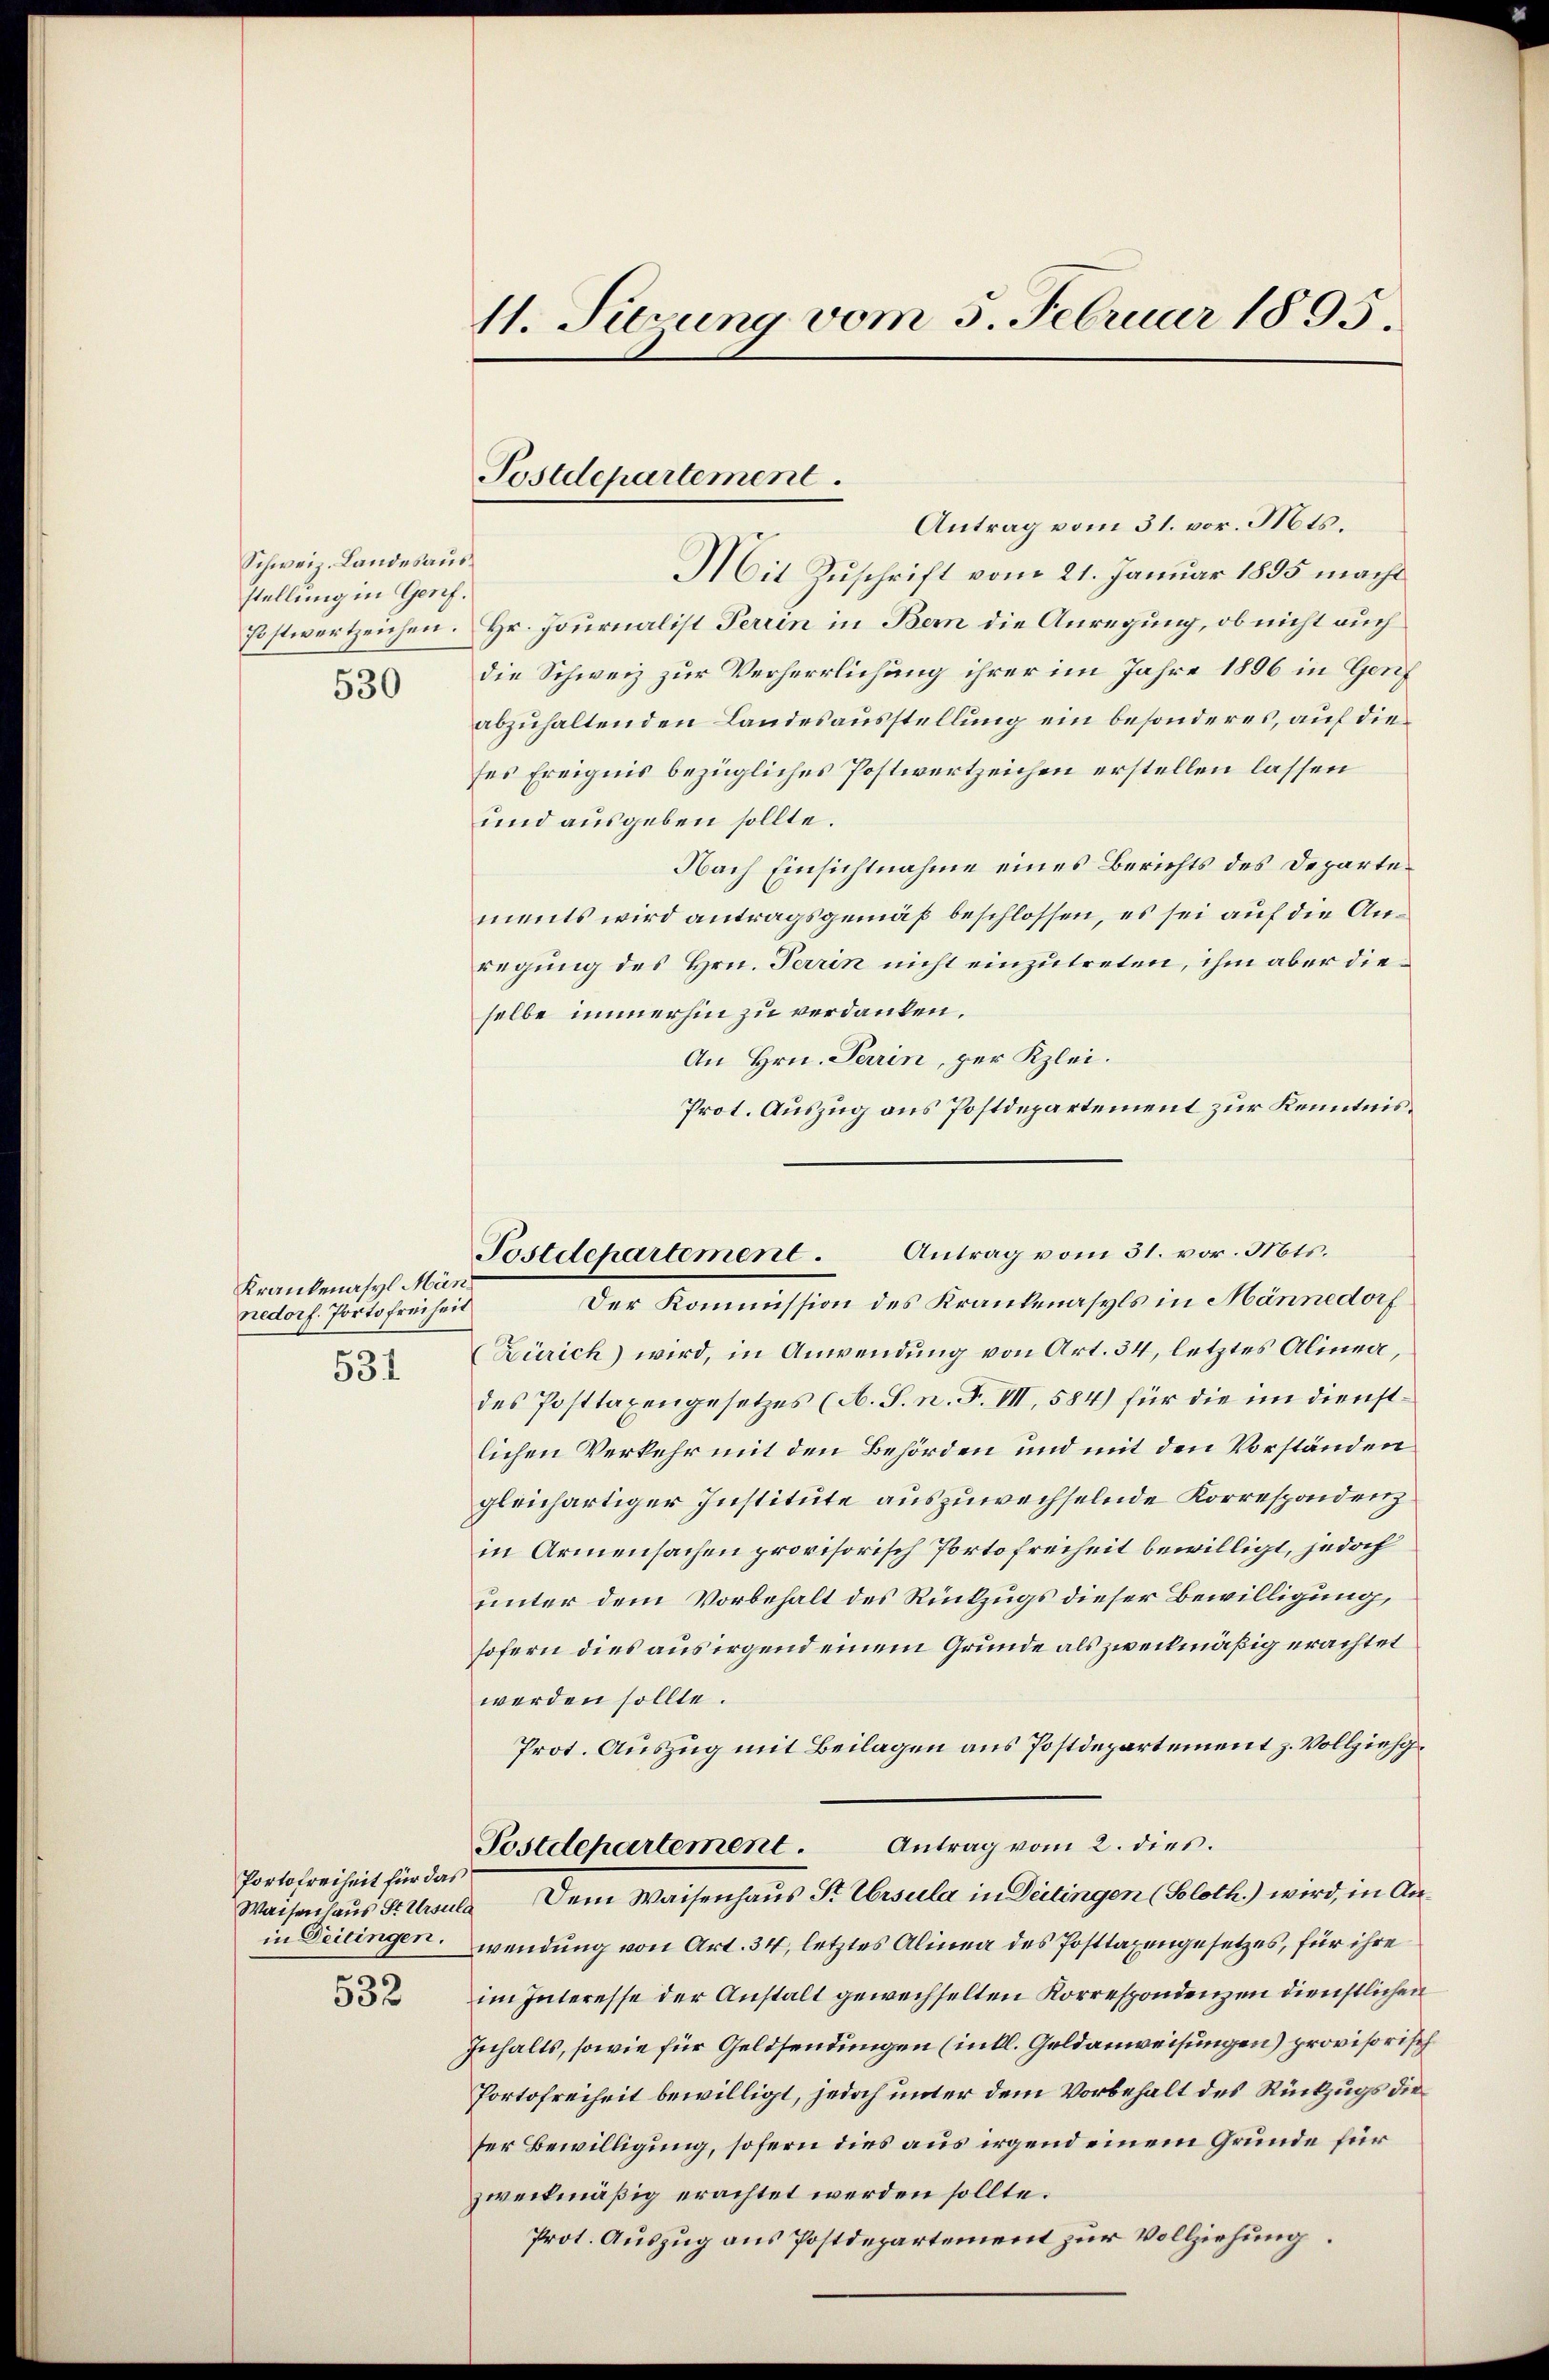
Schweiz. Landesausstellung in Genf.
Postwertzeichen.

530

Krankenasyl Männedorf. Porto Freiheit
531

Portofreiheit für das
in Deitingen.

532

11. Sitzung vom 5. Februar 1895.

Postdepartement.

Antrag vom 31. vor. Mts.
Mit Zuschrift vom 21. Januar 1895 macht
Hr. Journalist Terrin in Bern die Anregung, ob nicht auch
die Schweiz zur Verherrlichung ihrer im Jahre 1896 in Genf
abzuhaltenden Landesausstellung ein besonderes, auf die
ses Ereignis bezügliches Postwertzeichen erstellen lassen
und ausgeben sollte.
Nach Einsichtnahme eines Berichts des Departements wird antragsgemäß beschlossen, es sei auf die Anregung des Hrn. Terrin nicht einzutreten, ihm aber dieselbe immerhin zu verdanken.
An Hrn. Parin, per Klei¬
Prot. Auszug aus Postdepartement zur Kenntnis¬
Der Kommission des Krankenasyls in Männedorf
Zürich) wird, in Anwendung von Art. 34, letztes Alinea,
des Posttaxengesetzes (A. S. n. F. VII, 584) für die im Dienstlichen Verkehr mit den Behörden und mit den Vorständen
gleichartiger Institute auszuwechselnde Korrespondenzin Armensachen provisorisch Portofreiheit bewilligt, jedoch
unter dem Vorbehalt des Rückzugs dieser Bewilligung,
sofern dies aus irgend einem Grunde als zweckmäßig erachtet
werden sollte.
Prot. Auszug mit Beilagen aus Postdepartement z. Vollzieh¬
Postdepartement. Antrag vom 2. dies
Waisenhaus St. Ursula Dem Waisenhaus St. Ursula in Deitingen (Soloth.) wird, in Anwendung von Art. 34, letztes Alinea des Posttagengesetzes, für ihre
im Interesse der Anstalt gewechselten Korrespondenzen dienstlichen
Inhalts, sowie für Geldsendungen (inkl. Geldanweisungen) provisorisch
Portofreiheit bewilligt, jedoch unter dem Vorbehalt des Rückzugs die
ser Bewilligung, sofern dies aus irgend einem Grunde für
zweckmäßig erachtet werden sollte.
Prot. Auszug aus Postdepartement zur Vollziehung.

Postdepartement. Antrag vom 31. vor. Mts.